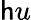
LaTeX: \mathsf{h}u